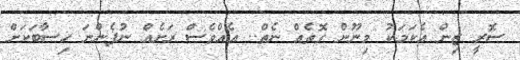
ސޮރީ ޒިން އެކަމަކު މިނޫން ގޮތެއް ނެތް.. އެއްވެސް ރަށެއް ނުފެންނަ ހިސާބަކަށް